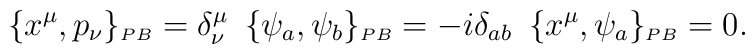
\{x^{\mu},p_{\nu}\}_{\scriptscriptstyle{PB}}=\delta^{\mu}_{\nu}\,\ \{\psi_{a},\psi_{b}\}_{\scriptscriptstyle{PB}}=-i\delta_{ab}\,\ \{x^{\mu},\psi_{a}\}_{\scriptscriptstyle{PB}}=0.